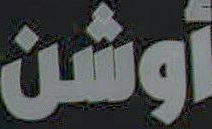
أوشن